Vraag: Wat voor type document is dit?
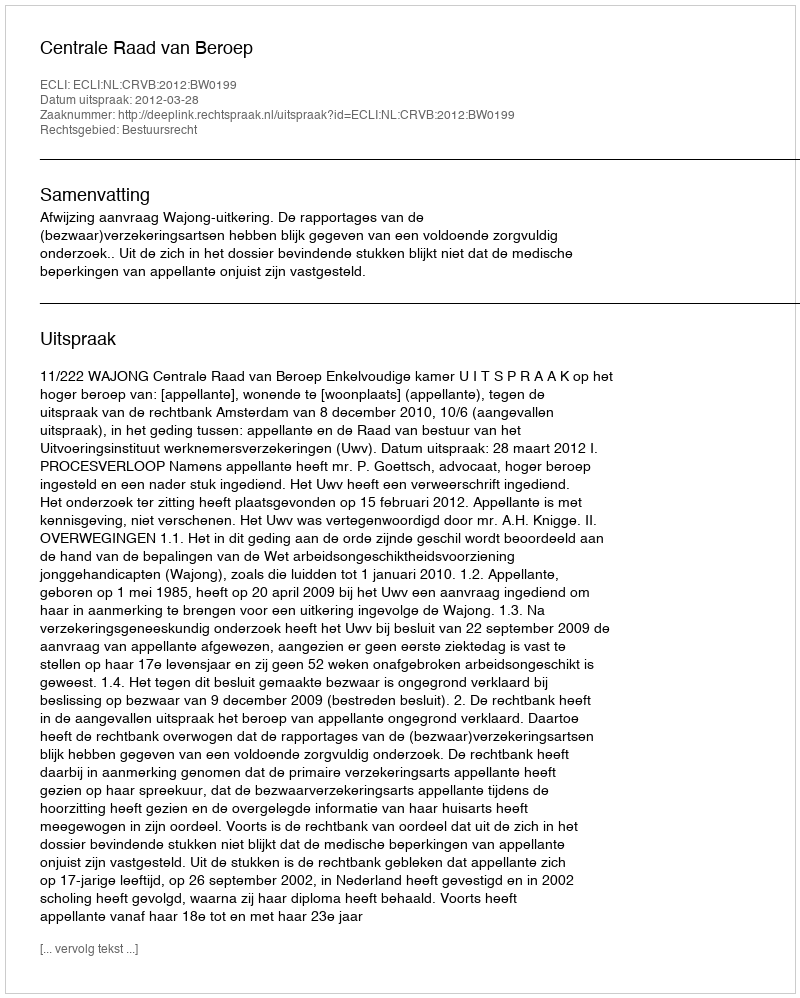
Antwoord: Uitspraak